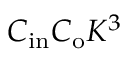
C _ { \mathrm { i n } } C _ { \mathrm { o } } K ^ { 3 }